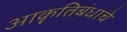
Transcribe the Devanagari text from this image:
आकॄतिबंधाचे